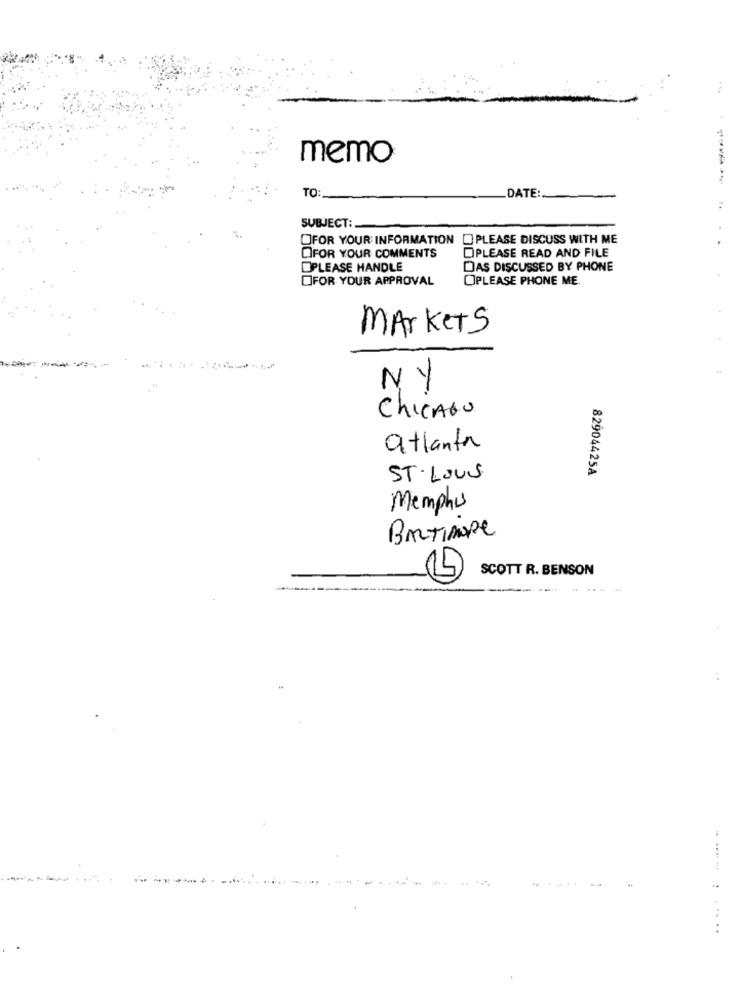
memo
TO:
DATE:
SUBJECT :.
OFOR YOUR INFORMATION PLEASE DISCUSS WITH ME
DIPLEASE READ AND FILE
DIFOR YOUR COMMENTS
PLEASE HANDLE
DAS DISCUSSED BY PHONE
FOR YOUR APPROVAL
OPLEASE PHONE ME.
Markets
NY
Chicago
atlanta
82904425A
ST.Louis
Memphis
BALTIMORE
SCOTT R. BENSON
.. . . ....